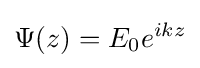
\Psi (z)=E_{0}e^{ikz}